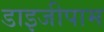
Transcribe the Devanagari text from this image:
डाइजीपाम